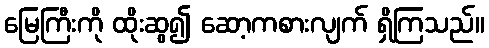
မြေကြီးကို ထိုးဆွ၍ ဆော့ကစားလျက် ရှိကြသည်။